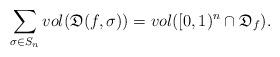
LaTeX: \begin{align*}\sum_{\sigma\in S_n}{{vol}( {\mathfrak{D}}(f,\sigma))}={vol}([0,1)^n \cap {\mathfrak{D}}_f). \end{align*}